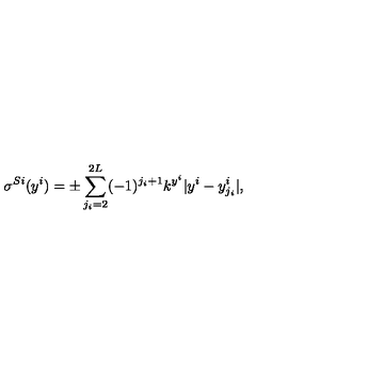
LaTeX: \sigma ^ { S i } ( y ^ { i } ) = \pm \sum _ { j _ { i } = 2 } ^ { 2 L } ( - 1 ) ^ { j _ { i } + 1 } k ^ { y ^ { i } } | y ^ { i } - y _ { j _ { i } } ^ { i } | , \,